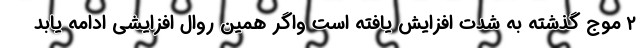
۲ موج گذشته به شدت افزایش یافته است واگر همین روال افزایشی ادامه یابد